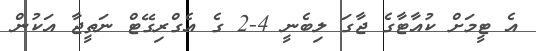
އެ ޓީމަށް ކުއާޓާގެ ޖާގަ ލިބެނީ 4-2 ގެ އެގްރިގޭޓް ނަތީޖާ އަކުން